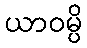
ယာဝမ္ပိ